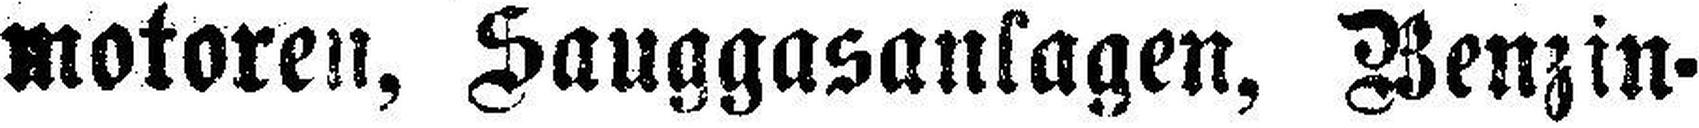
motoren, Sauggasanlagen, Benzin-